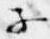
子